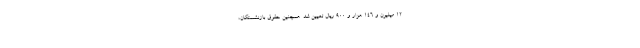
۱۲ میلیون و ۱۴۶ هزار و ۹۰۰ ریال تعیین شد. همچنین حقوق بازنشستگان،